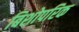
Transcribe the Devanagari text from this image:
बिशोपरिक